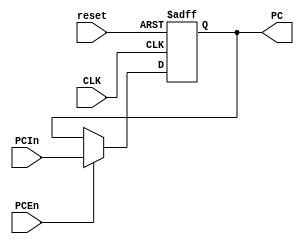
`timescale 1ns / 1ps
//////////////////////////////////////////////////////////////////////////////////
// Company: 
// Engineer: 
// 
// Design Name: 
// Module Name: Pcclk
// Project Name: 
// Target Devices: 
// Tool Versions: 
// Description: 
// 
// Dependencies: 
// 
// Revision:
// Revision 0.01 - File Created
// Additional Comments:
// 
//////////////////////////////////////////////////////////////////////////////////


module Pcclk(PCIn,CLK,PCEn,PC,reset

    );
    input CLK,reset,PCEn;
    input [31:0]PCIn;
    output reg[31:0]PC;
    always@(posedge CLK or negedge reset)
    begin
    if(!reset)
    PC=32'b0;
    else
    begin
    if(PCEn)
    PC=PCIn;
    end
    end
endmodule